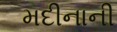
મદીનાની